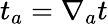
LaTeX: t_{a}=\nabla_{a}t